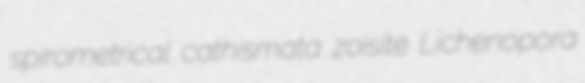
spirometrical cathismata zoisite Lichenopora